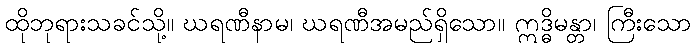
ထိုဘုရားသခင်သို့။ ဃရဏီနာမ၊ ဃရဏီအမည်ရှိသော။ ဣဒ္ဓိမန္တာ၊ ကြီးသော